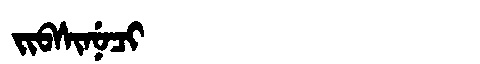
Manchu: ᠵᡳᠪᠰᡳᠨᡠᠴᡳ
Romanization: JIBSINUCI